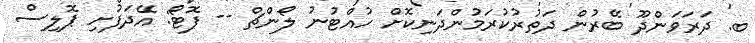
ބ. ދަރަވަންދޫ ބޭރުން ދަތުރުކުރަމުންދަނިކޮށް ހުއްޓުނު ލޯންޗް -- ފޮޓޯ: އޭދަފުށި ޕޮލިސް